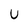
Character: U